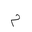
Letter: _mim